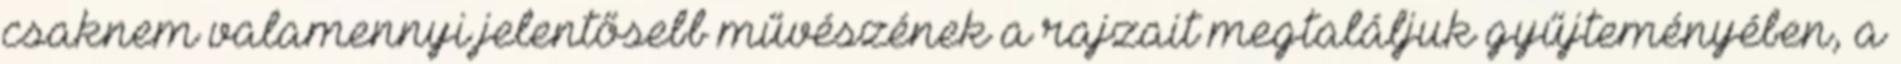
csaknem valamennyi jelentősebb művészének a rajzait megtaláljuk gyűjteményében, a